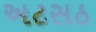
અટસઠ